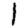
Digit: 1